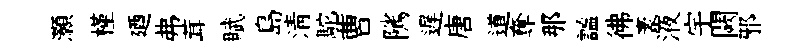
灝槿廼弗茸賦島清駝曹隲遅唐道奪那謐彿袤液宇闕邪